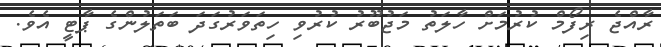
ރާއްޖެ ރިފޯމް ކުރުމަށް ހާލަތު މަޖުބޫރު ކުރުވި ހިތަވަރުގަދަ ބަތަލުންގެ ޕާޓީ އެވެ.